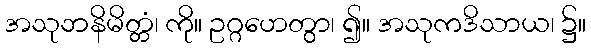
အသုဘနိမိတ္တံ၊ ကို။ ဥဂ္ဂဟေတွာ၊ ၍။ အသုကဒိသာယ၊ ၌။